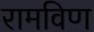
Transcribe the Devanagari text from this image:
रामविण